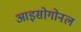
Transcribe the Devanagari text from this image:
आइसोगोनल